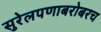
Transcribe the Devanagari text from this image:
सुरेलपणाबरोबरच